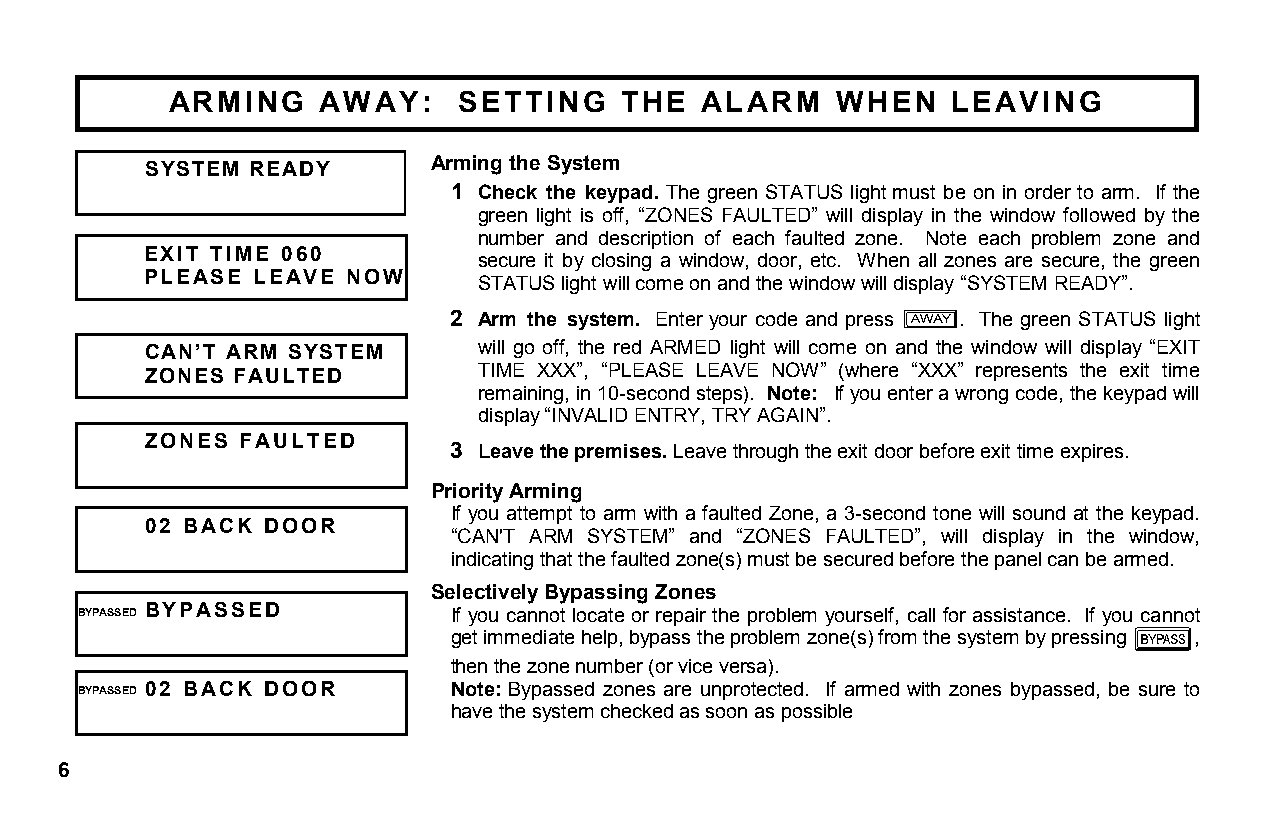
ARMING    AWAY:    SETTING    THE  ALARM    WHEN   LEAVING
 SYSTEM READY       Arming the System
 1 Check the keypad. The green STATUS light must be on in order to arm. If the
 green light is off, “ZONES FAULTED” will display in the window followed by the
 number and description of each faulted zone. Note each problem zone and
 EXIT TIME 060
 secure it by closing a window, door, etc. When all zones are secure, the green
 PLEASE LEAVE NOW
 STATUS light will come on and the window will display “SYSTEM READY”.
 2 Arm the system. Enter your code and press . The green STATUS light
 ZONES FAULTED    Q
 CAN’T ARM SYSTEM      will go off, the red ARMED light will come on and the window will display “EXIT
 ZONES FAULTED         TIME XXX”, “PLEASE LEAVE NOW” (where “XXX” represents the exit time
 remaining, in 10-second steps). Note: If you enter a wrong code, the keypad will
 display “ I N V A L ID E0N2T RBYA, CTRKY D AOGOARIN ”.
 ZONES FAULTED
 3 Leave the premises. Leave through the exit door before exit time expires.
 Priority ArmBiYnPgAS SED BYPASSED
 If you attempt to arm with a faulted Zone, a 3-second tone will sound at the keypad.
 02 BACK DOOR
 “CAN'T ARM SYSTEM” and “ZONES FAULTED”, will display in the window,
 indicating that the faulted zone(s) must be secured before the panel can be armed.
 BYPASSED 02 BACK DOOR
 Selectively Bypassing Zones
 BYPASSED BYPASSED       If you cannot locate or repair the problem yourself, call for assistance. If you cannot
 get immediate help, bypass the problem zone(s) from the system by pressing ,
 B
 then the zone number (or vice versa).
 BYPASSED 02 BACK DOOR   Note: Bypassed zones are unprotected. If armed with zones bypassed, be sure to
 have the system checked as soon as possible
 6